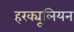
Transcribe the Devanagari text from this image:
हरक्यूलियन